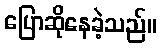
ပြောဆိုနေခဲ့သည်။